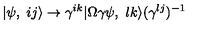
| \psi , \ i j \rangle \rightarrow \gamma ^ { i k } | \Omega \gamma \psi , \ l k \rangle ( \gamma ^ { l j } ) ^ { - 1 }